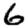
Digit: 6